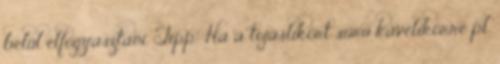
belül elfogyasztani. Tipp: Ha a tojáslikőrt sűrű kávélikőrre pl.